Indian journal of veterinary science and animal husbandry - Volume 5,
Year: 1935
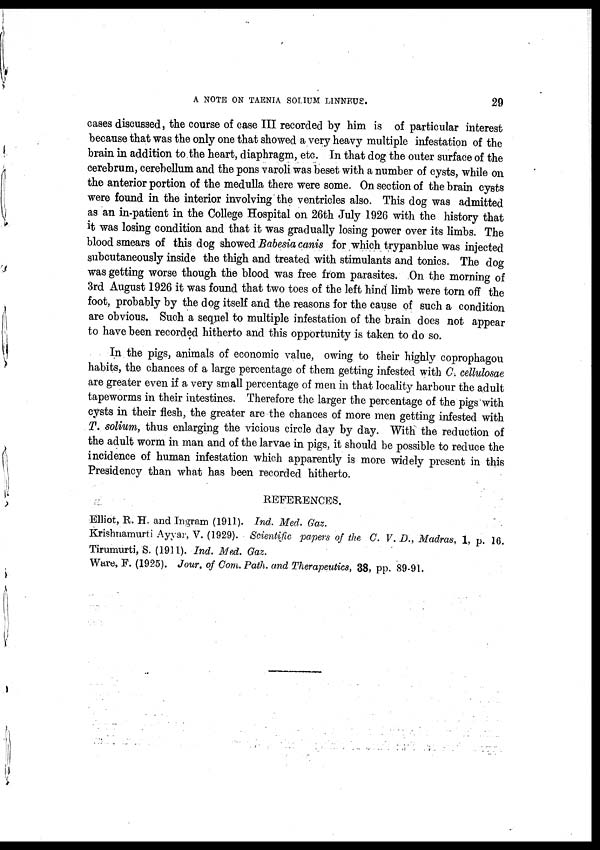
A NOTE ON TAENIA SODIUM LINNEUS.
29
cases discussed, the course of case III recorded by him is of particular interest
because that was the only one that showed a very heavy multiple infestation of the
brain in addition to the heart, diaphragm, etc. In that dog the outer surface of the
cerebrum, cerebellum and the pons varoli was beset with a number of cysts, while on
the anterior portion of the medulla there were some. On section of the brain cysts
were found in the interior involving the ventricles also. This dog was admitted
as an in-patient in the College Hospital on 26th July 1926 with the history that
it was losing condition and that it was gradually losing power over its limbs. The
blood smears of this dog showed Babesia canis for which trypanblue was injected
subcutaneously inside the thigh and treated with stimulants and tonics. The dog
was getting worse though the blood was free from parasites. On the morning of
3rd August 1926 it was found that two toes of the left hind limb were torn off the
foot, probably by the dog itself and the reasons for the cause of such a condition
are obvious. Such a sequel to multiple infestation of the brain does not appear
to have been recorded hitherto and this opportunity is taken to do so.
In the pigs, animals of economic value, owing to their highly coprophagou
habits, the chances of a large percentage of them getting infested with C. cellulosae
are greater even if a very small percentage of men in that locality harbour the adult
tapeworms in their intestines. Therefore the larger the percentage of the pigs with
cysts in their flesh, the greater are the chances of more men getting infested with
T. solium, thus enlarging the vicious circle day by day. With the reduction of
the adult worm in man and of the larvae in pigs, it should be possible to reduce the
incidence of human infestation which apparently is more widely present in this
Presidency than what has been recorded hitherto.
REFERENCES.
Elliot, R. H. and Ingram (1911). Ind. Med. Gaz.
Krishnamurti Ayyar, V. (1929). Scientific papers of the C. V. D., Madras, 1, p. 16.
Tirumurti, S. (1911). Ind. Med. Gaz.
Ware, F. (1925). Jour. of Com. Path. and Therapeutics, 38, pp. 89-91.